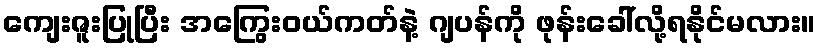
ကျေးဇူးပြုပြီး အကြွေးဝယ်ကတ်နဲ့ ဂျပန်ကို ဖုန်းခေါ်လို့ရနိုင်မလား။